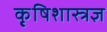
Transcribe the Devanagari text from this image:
कृ्षिशास्त्रज्ञ